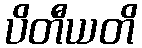
ပိတီယတိ